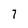
Character: 7